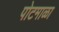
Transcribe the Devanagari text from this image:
पोटमाळा